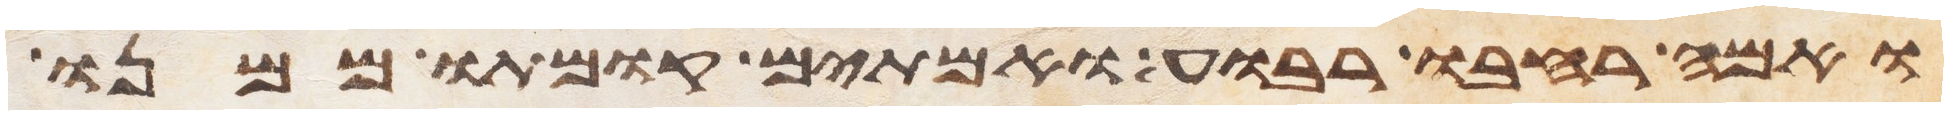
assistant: ואמה רחבו רבוע ואמתים קומתו ממנו